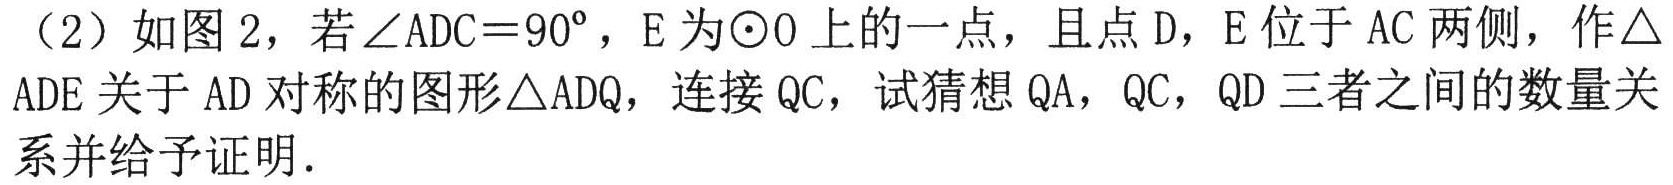
（2）如图 2，若\(\angle ADC = 90^{\circ}\)，E 为\(\odot O\)上的一点，且点 D，E 位于 AC 两侧，作\(\triangle\)
ADE 关于 AD 对称的图形\(\triangle ADQ\)，连接 QC，试猜想 QA，QC，QD 三者之间的数量关
系并给予证明.